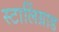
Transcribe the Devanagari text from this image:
स्टालिंग्राड